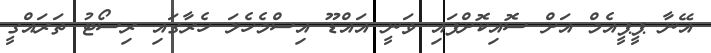
އޭނާ ޕީޕީއެމް އަށް ސޮއިކޮށްފައި ވަނީ އައްޑޫ އިސްމެހެލަ ހެރާގައި ރިސޯޓު ތަރައްގީ